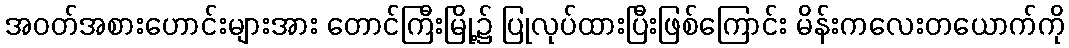
အဝတ်အစားဟောင်းများအား တောင်ကြီးမြို့၌ ပြုလုပ်ထားပြီးဖြစ်ကြောင်း မိန်းကလေးတယောက်ကို